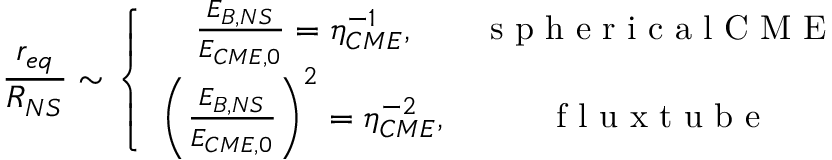
\frac { r _ { e q } } { R _ { N S } } \sim \left\{ \begin{array} { c c } { \frac { E _ { B , N S } } { E _ { C M E , 0 } } = \eta _ { C M E } ^ { - 1 } , } & { \mathrm { ~ s ~ p ~ h ~ e ~ r ~ i ~ c ~ a ~ l ~ C ~ M ~ E ~ } } \\ { \left( \frac { E _ { B , N S } } { E _ { C M E , 0 } } \right) ^ { 2 } = \eta _ { C M E } ^ { - 2 } , } & { \mathrm { ~ f ~ l ~ u ~ x ~ t ~ u ~ b ~ e ~ } } \end{array} \right.